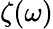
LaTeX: \zeta(\omega)